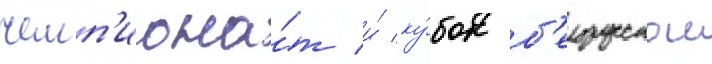
чемп'иона́т и́ ку́бок б'елорусскои